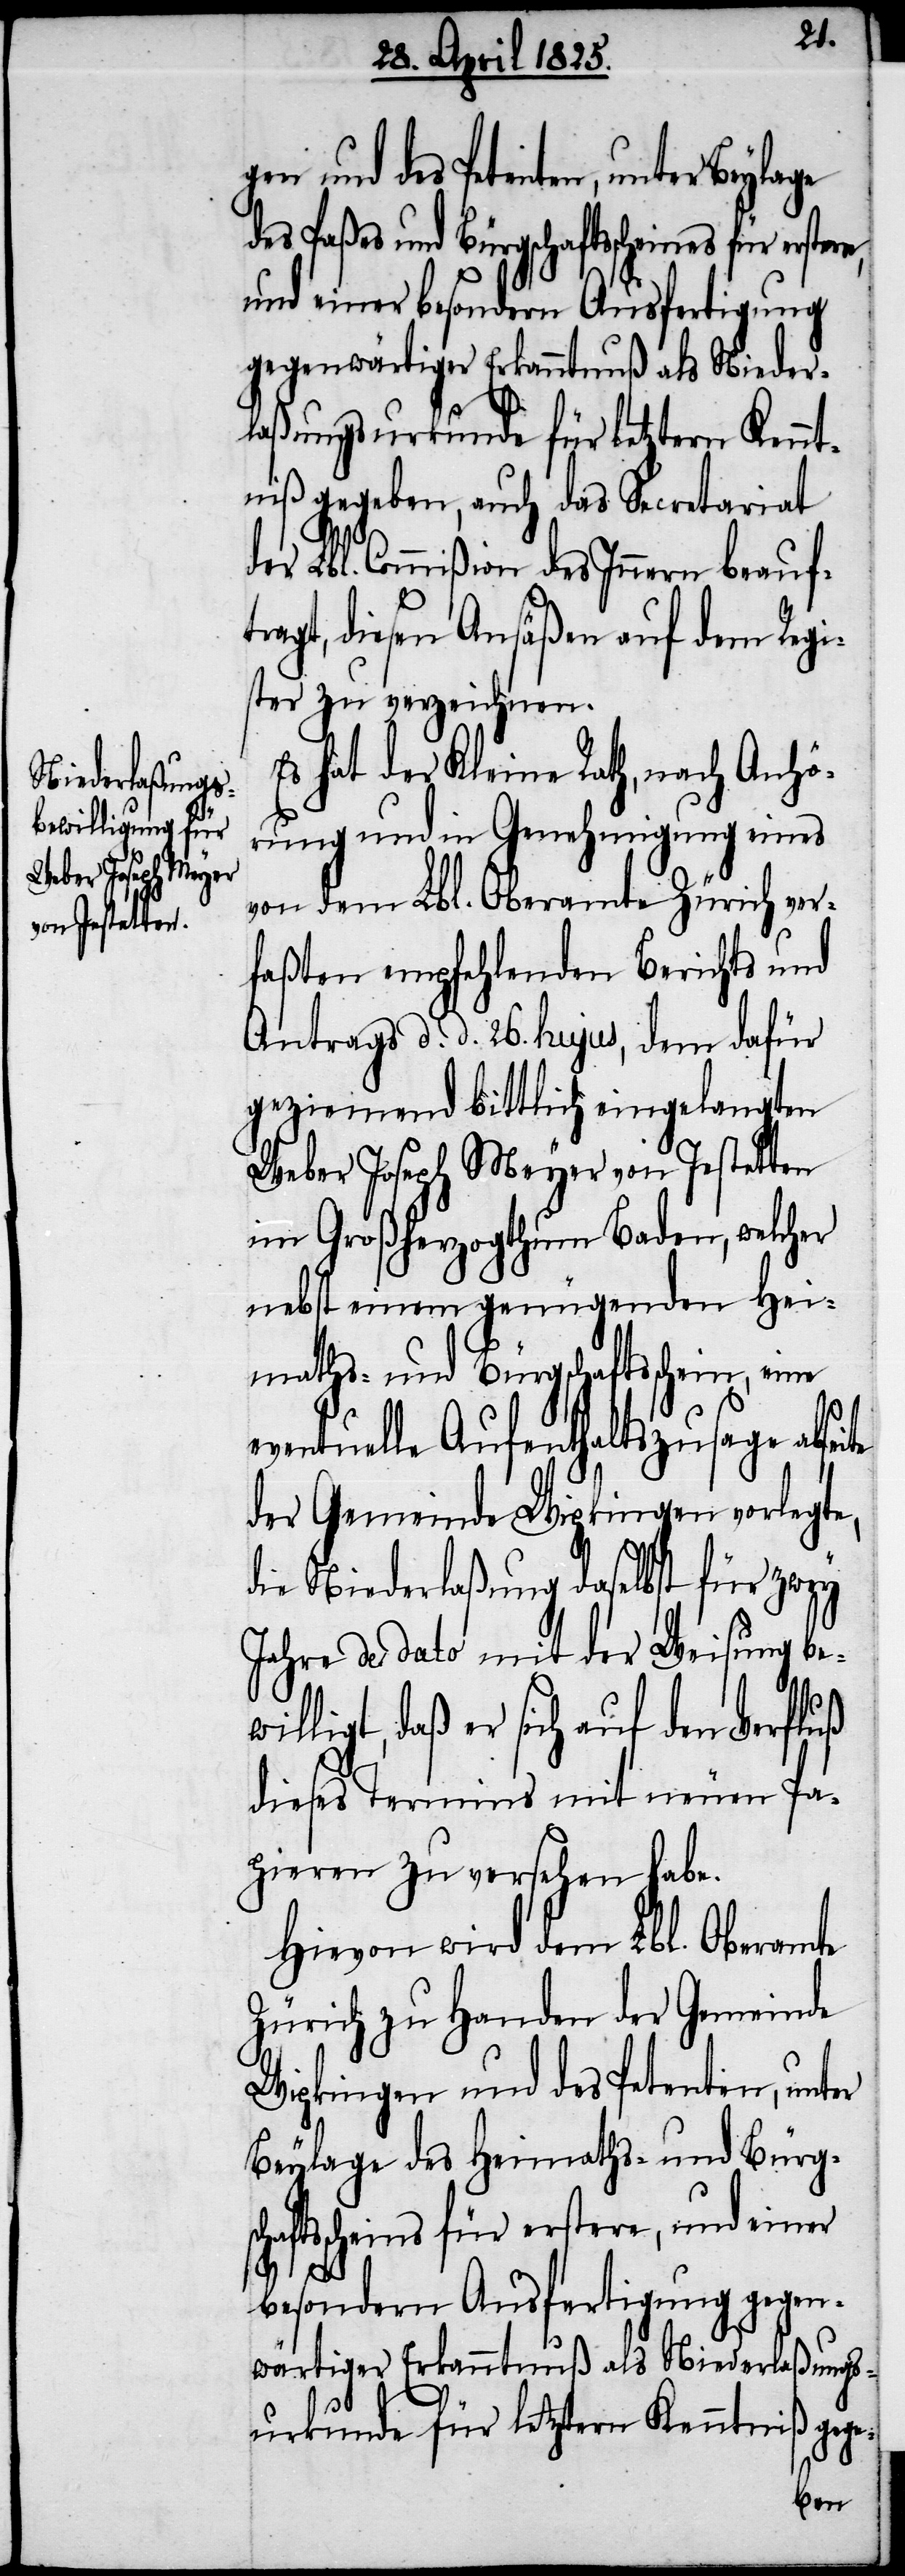
des Paßes und Bürgschaftsscheines für
und einer besondern Ausfertigung
gegenwärtiger Erkanntnuß als Nieder¬
laßungsurkunde für letztern Kennt¬
niß gegeben, auch das Secretariat
der Lbl. Commißion des Innern beauf¬
tragt, diesen Ansäßen auf dem Regi¬
ster zu verzeichnen.
Es hat der Kleine Rath, nach Anhö¬
rung und in Genehmigung eines
vom dem Lbl. Oberamte Zürich ver¬
faßten empfehlenden Berichts und
Antrags d. d. 26. hujus, dem dafür
geziemend bittlich eingelangten
Weber Joseph Meyer von Jestetten
im Großherzogthum Baden, welcher
nebst einem genügenden Hei¬
maths- und Bürgschaftsschein, eine
eventuelle Aufenthaltszusage abs¬
der Gemeinde Wipkingen vorlegte,
die Niederlaßung daselbst für zwey
Jahre de dato mit der Weisung be¬
ligt, daß er sich auf den Verfluß
dieses Termins mit neuen Pa¬
pieren zu versehen habe.
Hievon wird dem Lbl. Oberamte
Zürich zu Handen der Gemeinde
Wipkingen und des Petenten, unter
Beylage des Heimaths- und Bürgsc¬
haftsscheins für erstere, und einer
besondern Ausfertigung gegen¬
wärtiger Erkanntnuß als Niederlaßungs¬
wil¬
urkunde für letztern Kenntniß gege-